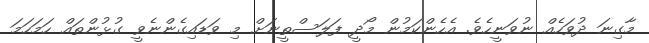
މާގިނަ ދުވަހެއް ނުވަނީހެވެ. އެހެންކަމުން މޯދީ ފަލަސްތީނަށް މި ވަޑައިގެންނެވީ ގުޅުންތައް ހަމަހަމަ